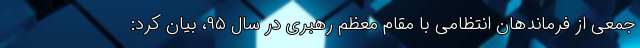
جمعی از فرماندهان انتظامی با مقام معظم رهبری در سال ۹۵، بیان کرد: